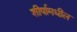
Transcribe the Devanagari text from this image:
शीर्षामधील